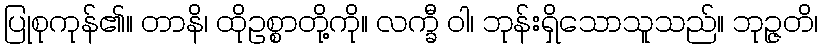
ပြုစုကုန်၏။ တာနိ၊ ထိုဥစ္စာတို့ကို။ လက္ခီ ဝါ၊ ဘုန်းရှိသောသူသည်။ ဘုဉ္ဇတိ၊